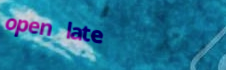
open late